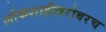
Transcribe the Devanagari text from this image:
लोकशाहीबरोबरच